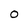
Character: O